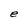
Character: e